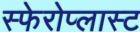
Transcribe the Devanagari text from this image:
स्फेरोप्लास्ट